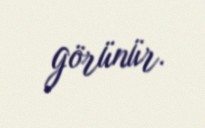
görünür.